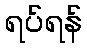
ရပ်ရန်